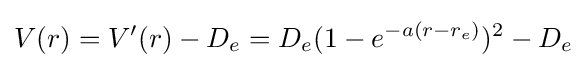
V(r)=V'(r)-D_{e}=D_{e}(1-e^{-a(r-r_{e})})^{2}-D_{e}